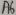
Text: A6